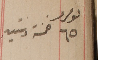
نومرو ٦٥ خمسة وستين